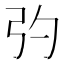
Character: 㢩